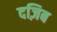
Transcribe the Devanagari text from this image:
दज़िब